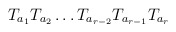
\begin{align*}T_{a_1}T_{a_2} \ldots T_{a_{r-2}}T_{a_{r-1}}T_{a_r}\end{align*}